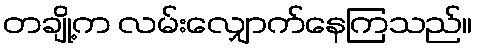
တချို့က လမ်းလျှောက်နေကြသည်။